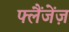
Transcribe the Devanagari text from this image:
फ्लैंजेंज़